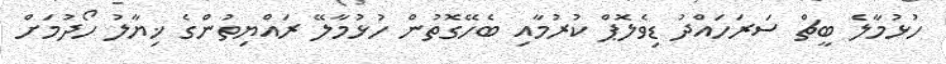
ހުޅުމާލެ ބީޗް ސަރަހައްދު ޑިވެލޮޕް ކުރުމާއި ބެހޭގޮތުން ހުޅުމާލޭ ރައްޔިތުންގެ ޚިޔާލު ހޯދުމަށް